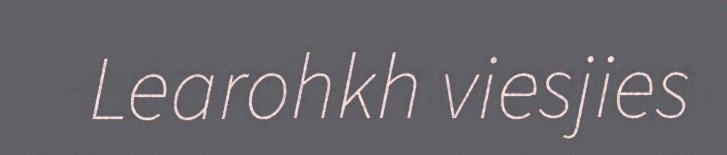
Learohkh viesjies